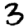
Digit: 3